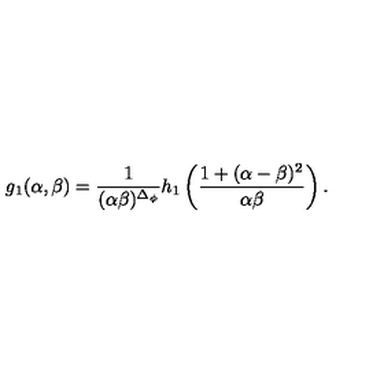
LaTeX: g _ { 1 } ( \alpha , \beta ) = \frac { 1 } { ( \alpha \beta ) ^ { \Delta _ { \phi } } } h _ { 1 } \left( \frac { 1 + ( \alpha - \beta ) ^ { 2 } } { \alpha \beta } \right) .